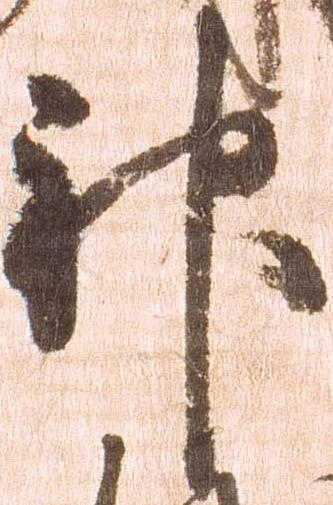
神